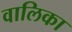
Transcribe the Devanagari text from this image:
वालिका